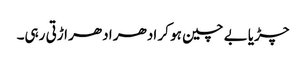
چڑیا بے چین ہو کر ادھر ادھر اڑتی رہی۔